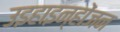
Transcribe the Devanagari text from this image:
उइहाइन्होंजन